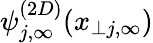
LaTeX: \psi_{j,\infty}^{(2D)}(x_{\perp j,\infty})